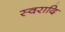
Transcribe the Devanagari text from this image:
स्वरादि